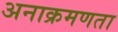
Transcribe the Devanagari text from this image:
अनाक्रमणता